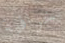
خرافية